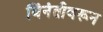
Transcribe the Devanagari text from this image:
विंनंतीवरून